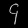
Digit: ၄